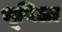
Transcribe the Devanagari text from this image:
भूमिला